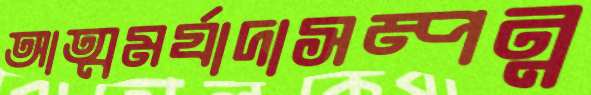
আত্মমর্যাদাসম্পন্ন